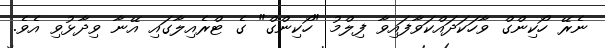
ނެރޭ ހޯކިންގް ވާހަކަދައްކަވާފައިވާ ފިލްމު "ހޯކިންގް" ގެ ޓްރެއިލާގައި އޭނާ ވިދާޅުވި އެވެ.